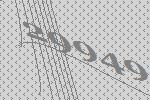
29949